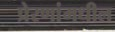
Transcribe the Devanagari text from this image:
प्रेरणांमधील